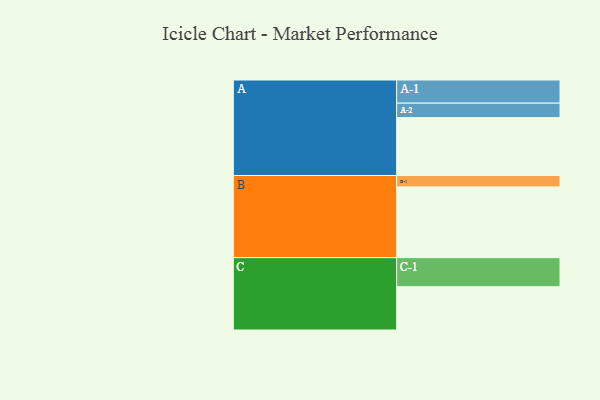
{"axis": {"x": "Segment", "y": "Value"}, "legend": ["", "A", "B", "C"], "data": [{"x": "A", "y": 420, "type": ""}, {"x": "B", "y": 513, "type": ""}, {"x": "C", "y": 314, "type": ""}, {"x": "A-1", "y": 168, "type": "A"}, {"x": "A-2", "y": 105, "type": "A"}, {"x": "B-1", "y": 83, "type": "B"}, {"x": "C-1", "y": 211, "type": "C"}]}